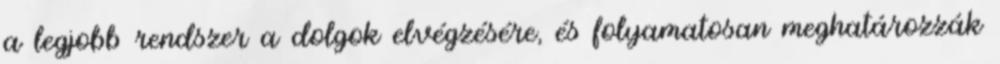
a legjobb rendszer a dolgok elvégzésére, és folyamatosan meghatározzák